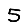
Digit: 5